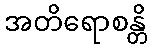
အတိရောစန္တိ